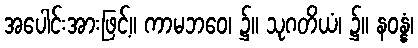
အပေါင်းအားဖြင့်။ ကာမဘဝေ၊ ၌။ သုဂတိယံ၊ ၌။ နဝန္နံ၊